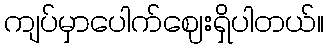
ကျပ်မှာပေါက်ဈေးရှိပါတယ်။